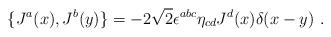
LaTeX: \begin{align*}\{J^a(x),J^b(y)\}=-2\sqrt 2 \epsilon ^{abc} \eta _{cd} J^d (x)\delta (x-y)\,\, .\end{align*}